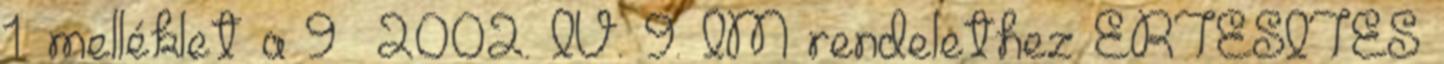
1. melléklet a 9 2002. IV. 9. IM rendelethez ÉRTESÍTÉS